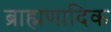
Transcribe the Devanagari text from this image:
ब्राह्मणादिक